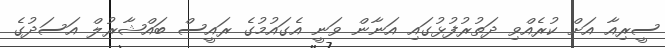
ސީރިއާ އަށް ކުރެއްވި ދަތުރުފުޅުގައި އަނާން ވަނީ އެގައުމުގެ ރައީސް ބައްޝާރުލް އަސަދުގެ